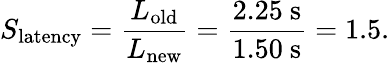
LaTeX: S_{\mathrm{latency}}={\frac{L_{\mathrm{old}}}{L_{\mathrm{new}}}}={\frac{2.25~\mathrm{s}}{1.50~\mathrm{s}}}=1.5.